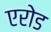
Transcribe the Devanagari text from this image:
एरोड